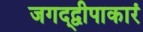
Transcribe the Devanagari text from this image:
जगद्द्वीपाकारं